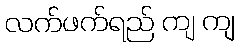
လက်ဖက်ရည် ကျ ကျ